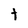
Character: t